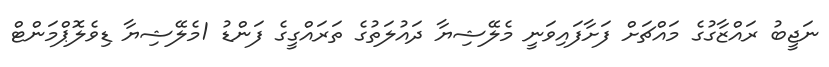
ނަޖީބު ރައްޒާގުގެ މައްޗަށް ފަށާފައިވަނީ މެލޭޝިޔާ ދައުލަތުގެ ތަރައްގީގެ ފަންޑު 1މެލޭޝިޔާ ޑިވެލޮޕްމަންޓް